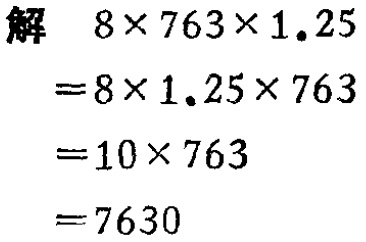
```

解 \(8\times763\times1.25\)

\(=8\times1.25\times763\)

\(=10\times763\)

\(=7630\)

```